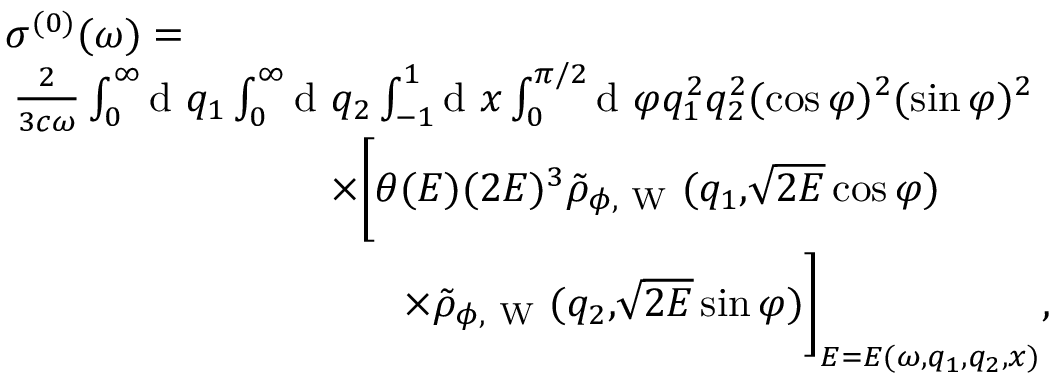
\begin{array} { r } { \sigma ^ { ( 0 ) } ( \omega ) = \phantom { x x x x x x x x x x x x x x x x x x x x x x x x x x x x x x x x x x x x x x x x x } } \\ { \frac { 2 } { 3 c \omega } \int _ { 0 } ^ { \infty } \! \! \ensuremath { \mathrm { ~ d ~ } } q _ { 1 } \int _ { 0 } ^ { \infty } \! \! \ensuremath { \mathrm { ~ d ~ } } q _ { 2 } \int _ { - 1 } ^ { 1 } \! \! \ensuremath { \mathrm { ~ d ~ } } x \int _ { 0 } ^ { \pi / 2 } \! \! \ensuremath { \mathrm { ~ d ~ } } \varphi q _ { 1 } ^ { 2 } q _ { 2 } ^ { 2 } ( \cos \varphi ) ^ { 2 } ( \sin \varphi ) ^ { 2 } \phantom { x x x x x } } \\ { \times \Biggl [ \theta ( E ) ( 2 E ) ^ { 3 } \tilde { \rho } _ { \phi , \mathrm { ~ W ~ } } ( q _ { 1 } , \! \sqrt { 2 E } \cos \varphi ) \phantom { x x x x x x x x x } } \\ { \times \tilde { \rho } _ { \phi , \mathrm { ~ W ~ } } ( q _ { 2 } , \! \sqrt { 2 E } \sin \varphi ) \Biggl ] _ { E = E ( \omega , q _ { 1 } , q _ { 2 } , x ) } , \phantom { x x x x } } \end{array}